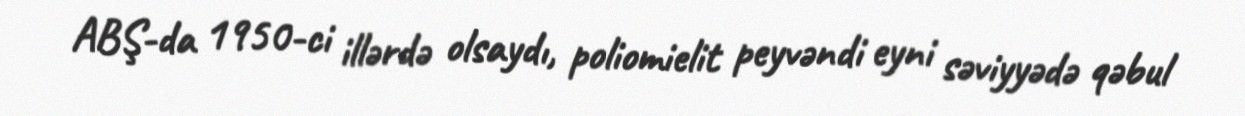
ABŞ-da 1950-ci illərdə olsaydı, poliomielit peyvəndi eyni səviyyədə qəbul